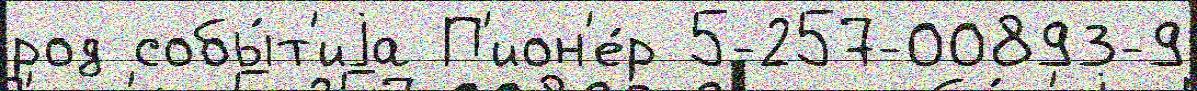
род собы́т'иjа П'ион'е́р 5-257-00893-9